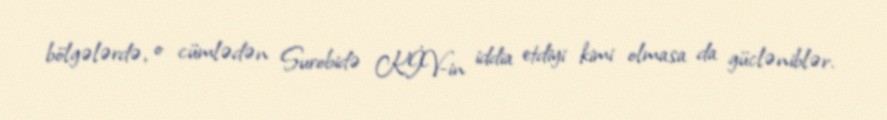
bölgələrdə, o cümlədən Surobidə KİV-in iddia etdiyi kimi olmasa da gücləniblər.